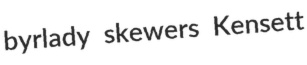
byrlady skewers Kensett